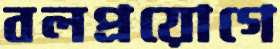
বলপ্রয়োগে